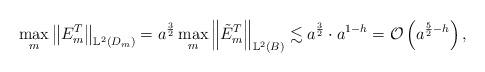
LaTeX: \begin{align*}\max_m \left\Vert E^T_m \right\Vert_{\mathbb{L}^{2}(D_m)}=a^{\frac{3}{2}}\max_m \left\Vert \tilde{E}^T_m \right\Vert_{\mathbb{L}^{2}(B)}\lesssim a^{\frac{3}{2}}\cdot a^{1-h}=\mathcal{O}\left(a^{\frac{5}{2}-h}\right),\end{align*}